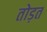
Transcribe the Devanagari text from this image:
तोड़त